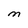
Character: M